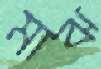
মাঝ